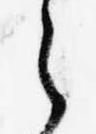
之